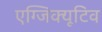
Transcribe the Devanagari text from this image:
एग्जिक्यूटिव